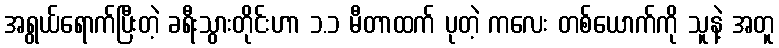
အရွယ်ရောက်ပြီးတဲ့ ခရီးသွားတိုင်းဟာ ၁.၁ မီတာထက် ပုတဲ့ ကလေး တစ်ယောက်ကို သူနဲ့ အတူ